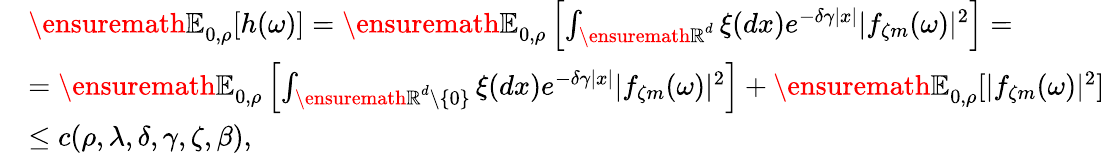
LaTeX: \begin{array}{rl}&{{\ensuremath{\mathbb E}}_{0,\rho}[h(\omega)]={\ensuremath{\mathbb E}}_{0,\rho}\left[\int_{{\ensuremath{\mathbb R}}^{d}}\xi(dx)e^{-\delta\gamma|x|}|f_{\zeta m}(\omega)|^{2}\right]=}\\ &{={\ensuremath{\mathbb E}}_{0,\rho}\left[\int_{{\ensuremath{\mathbb R}}^{d}\setminus\{ 0\} }\xi(dx)e^{-\delta\gamma|x|}|f_{\zeta m}(\omega)|^{2}\right]+{\ensuremath{\mathbb E}}_{0,\rho}[|f_{\zeta m}(\omega)|^{2}]}\\ &{\leq c(\rho,\lambda,\delta,\gamma,\zeta,\beta),}\end{array}